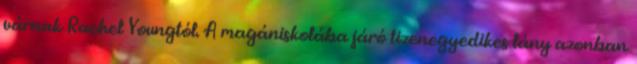
várnak Rachel Youngtól. A magániskolába járó tizenegyedikes lány azonban